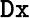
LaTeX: \mathtt{Dx}